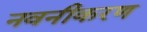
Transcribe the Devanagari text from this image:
नवनीकरण